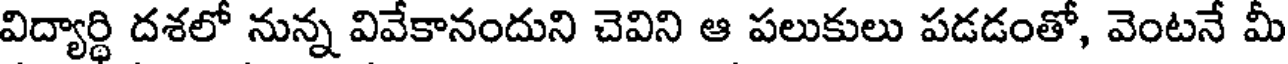
విద్యార్థి దశలో నున్న వివేకానందుని చెవిని ఆ పలుకులు పడడంతో, వెంటనే మీ